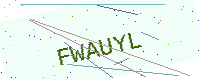
Text: FWAUYL